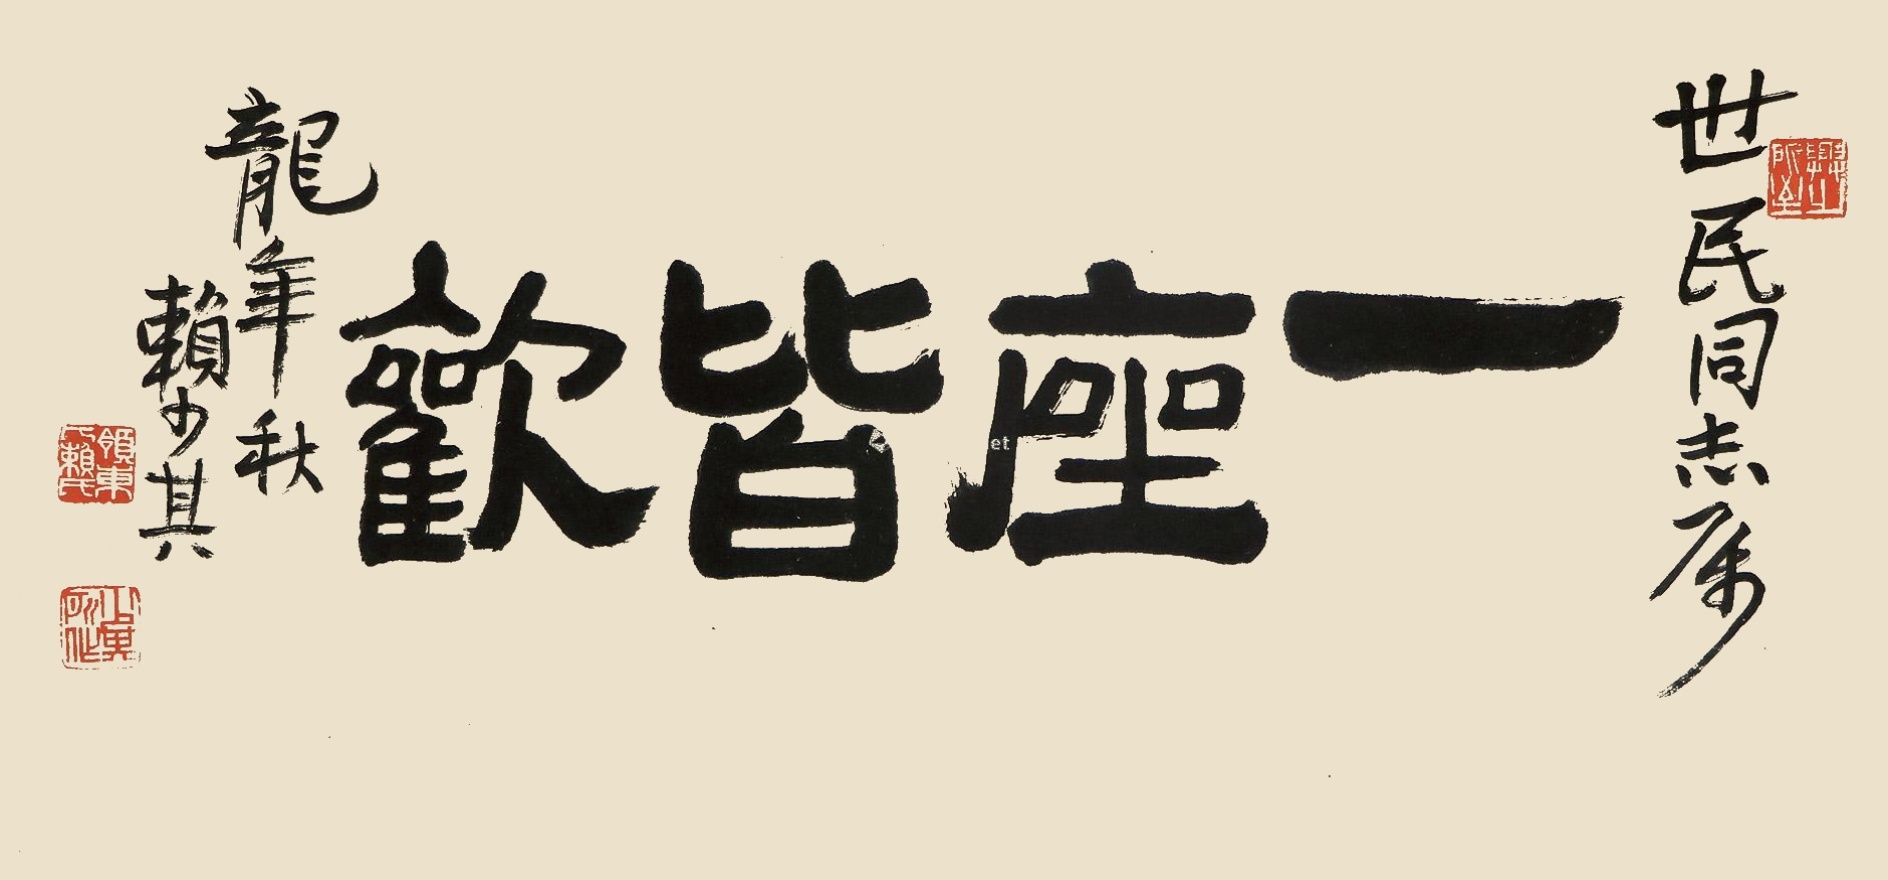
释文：一座皆欢。世民同志属，龙年秋赖少其。